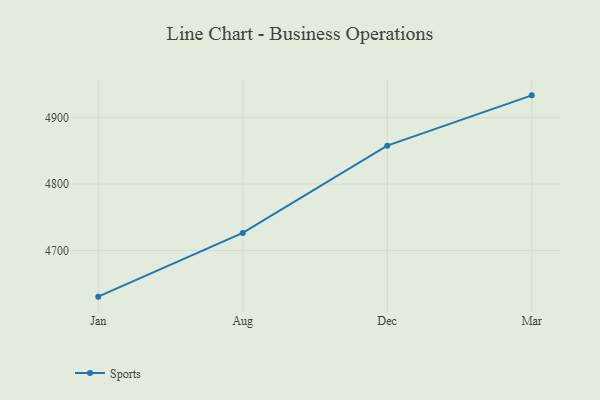
{"axis": {"x": "Month", "y": "Tickets Resolved"}, "legend": ["Sports"], "data": [{"x": "Jan", "y": 4630.7, "type": "Sports"}, {"x": "Aug", "y": 4726.6, "type": "Sports"}, {"x": "Dec", "y": 4857.8, "type": "Sports"}, {"x": "Mar", "y": 4933.5, "type": "Sports"}]}